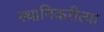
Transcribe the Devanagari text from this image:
स्थानिकरीत्या